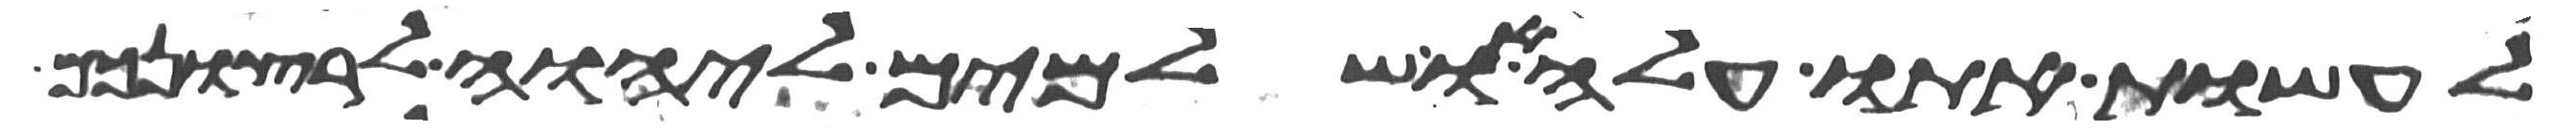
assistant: לעשות אתו עלה או שלמים ליהוה לרצונכם